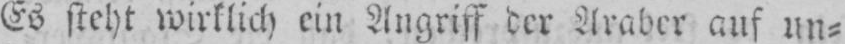
Es steht wirklich ein Angriff der Araber auf un⸗